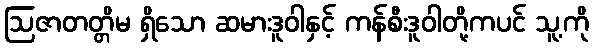
ဩဇာတတ္တိမ ရှိသော ဆမားဒူဝါနှင့် ကန်စီးဒူဝါတို့ကပင် သူ့ကို